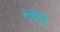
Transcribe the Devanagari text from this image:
ऐसौई